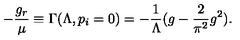
- \frac { g _ { r } } { \mu } \equiv \Gamma ( \Lambda , p _ { i } = 0 ) = - \frac { 1 } { \Lambda } ( g - \frac { 2 } { \pi ^ { 2 } } g ^ { 2 } ) .